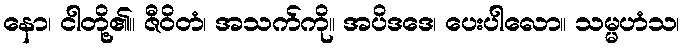
နော၊ ငါတို့၏။ ဇီဝိတံ၊ အသက်ကို။ အပိဒဒေ၊ ပေးပါလော။ သမ္မဟံသ၊